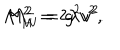
M _ { H } ^ { 2 } = 2 \lambda v ^ { 2 } , \hspace { 1 . 5 c m } M _ { W } ^ { 2 } = g ^ { 2 } v ^ { 2 } .